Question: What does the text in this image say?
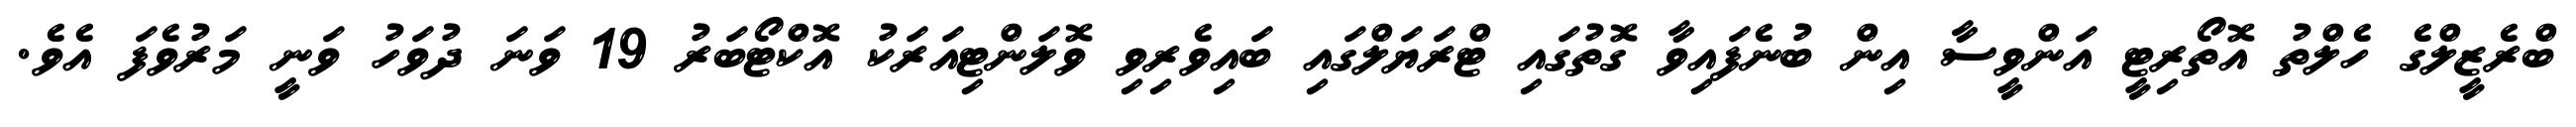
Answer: ބްރެޒީލްގެ ހެލްތު އޮތޯރިޓީ އަންވީސާ އިން ބުނެފައިވާ ގޮތުގައި ޓްރަޔަލްގައި ބައިވެރިވި ވޮލަންޓިއަރަކު އޮކްޓޯބަރު 19 ވަނަ ދުވަހު ވަނީ މަރުވެފަ އެވެ.